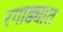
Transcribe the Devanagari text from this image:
रगाड्यात